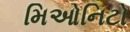
મિઓનિટો